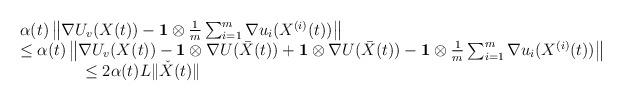
LaTeX: \begin{align*}\begin{array}{l}\alpha(t)\left\|\nabla U_v(X(t))-\mathbf{1}\otimes\frac{1}{m}\sum_{i=1}^m \nabla u_i(X^{(i)}(t))\right\| \\ \le \alpha(t)\left\|\nabla U_v(X(t))-\mathbf{1}\otimes\nabla U(\bar{X}(t))+\mathbf{1}\otimes\nabla U(\bar{X}(t))-\mathbf{1}\otimes\frac{1}{m}\sum_{i=1}^m \nabla u_i(X^{(i)}(t))\right\| \\ \qquad\qquad\le 2\alpha(t) L \|\check{X}(t)\|\end{array}\end{align*}